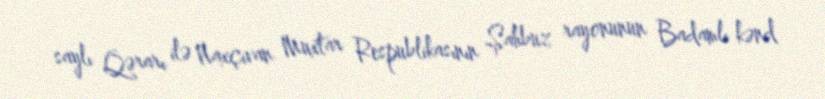
saylı Qərarı ilə Naxçıvan Muxtar Respublikasının Şahbuz rayonunun Badamlı kənd